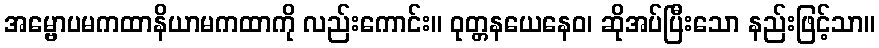
အမ္ဗောပမကထာနိယာမကထာကို လည်းကောင်း။ ဝုတ္တနယေနေဝ၊ ဆိုအပ်ပြီးသော နည်းဖြင့်သာ။